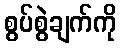
စွပ်စွဲချက်ကို